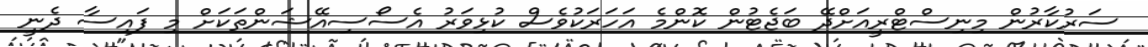
ސަރުކާރުން މިނިސްޓްރީއަށްދޭ ބަޖެޓުން ކޮންމެ އަހަރަކުވެސް ކުޅިވަރު އެސޯސިއޭޝަންތަކަށް މި ފައިސާ ދެނީ